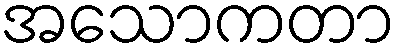
အသောကတာ